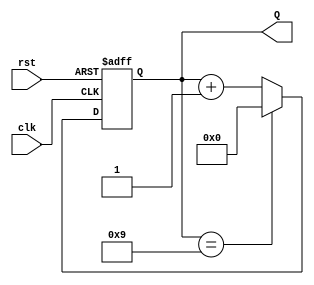
module decade_asynchronous_counter (
    input wire clk,      // Clock input
    input wire rst,      // Asynchronous reset input
    output reg [3:0] Q   // 4-bit output representing the counter value
);

// Always block for asynchronous counter behavior
always @(posedge clk or posedge rst) begin
    if (rst) begin
        // Asynchronous reset
        Q <= 4'b0000; // Reset the counter to 0
    end else if (Q == 4'b1001) begin
        // Reset condition when counter reaches 10 (1010 in binary)
        Q <= 4'b0000; // Reset the counter to 0
    end else begin
        // Increment the counter
        Q <= Q + 1;
    end
end

endmodule